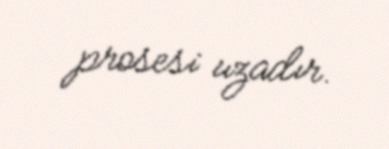
prosesi uzadır.